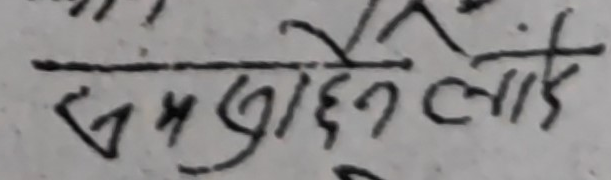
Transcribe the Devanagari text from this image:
सम्झनेलाए